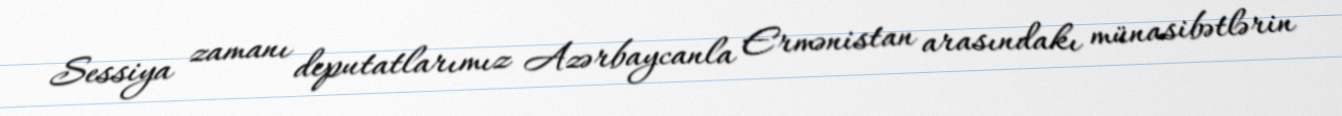
Sessiya zamanı deputatlarımız Azərbaycanla Ermənistan arasındakı münasibətlərin